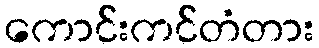
ကောင်းကင်တံတား